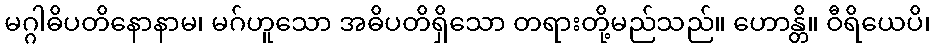
မဂ္ဂါဓိပတိနောနာမ၊ မဂ်ဟူသော အဓိပတိရှိသော တရားတို့မည်သည်။ ဟောန္တိ။ ဝီရိယေပိ၊